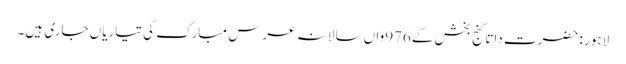
لاہور : حضرت داتا گنج بخش کے976واں سالانہ عرس مبارک کی تیاریاں جاری ہیں۔